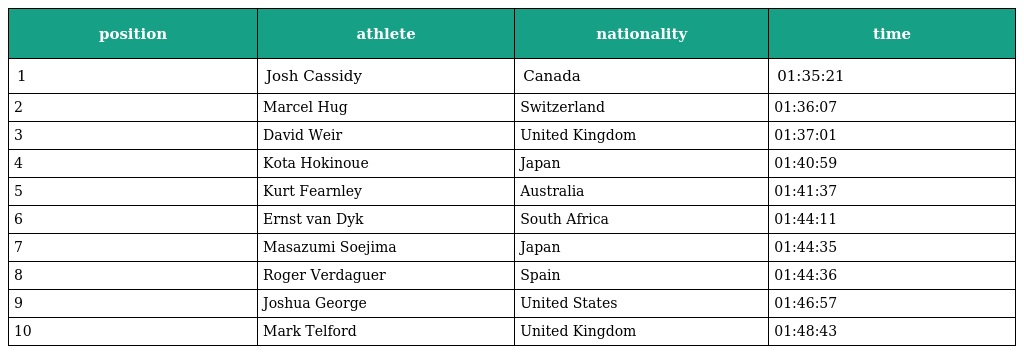
| position | athlete | nationality | time |
 | --- | --- | --- | --- |
 | 1 | Josh Cassidy | Canada | 01:35:21 |
 | 2 | Marcel Hug | Switzerland | 01:36:07 |
 | 3 | David Weir | United Kingdom | 01:37:01 |
 | 4 | Kota Hokinoue | Japan | 01:40:59 |
 | 5 | Kurt Fearnley | Australia | 01:41:37 |
 | 6 | Ernst van Dyk | South Africa | 01:44:11 |
 | 7 | Masazumi Soejima | Japan | 01:44:35 |
 | 8 | Roger Verdaguer | Spain | 01:44:36 |
 | 9 | Joshua George | United States | 01:46:57 |
 | 10 | Mark Telford | United Kingdom | 01:48:43 |